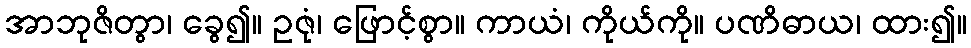
အာဘုဇိတွာ၊ ခွေ၍။ ဥဇုံ၊ ဖြောင့်စွာ။ ကာယံ၊ ကိုယ်ကို။ ပဏိဓာယ၊ ထား၍။